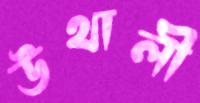
উথালী